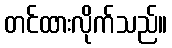
တင်ထားလိုက်သည်။